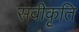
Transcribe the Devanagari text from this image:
सवीकृति